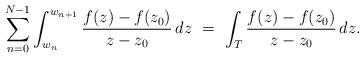
LaTeX: \begin{align*}\sum_{n=0}^{N-1}\int_{w_n}^{w_{n+1}} \frac{f(z)-f(z_0)}{z-z_0}\,dz\ = \ \int_T \frac{f(z)-f(z_0)}{z-z_0}\,dz.\end{align*}